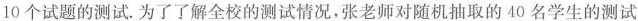
10个试题的测试为了了解全校的测试情况，张老师对随机抽取的40名学生的测试